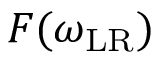
F ( \omega _ { \mathrm { L R } } )